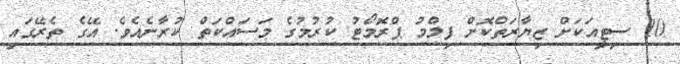
10 ސިޓީއަކަށް ޒިޔާރަތްކޮށް ފިލްމު ޕްރޮމޯޓު ކުރުމުގެ މަސައްކަތް ކުރާނެއެވެ. އޭގެ ތެރޭގައި